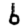
Digit: 6